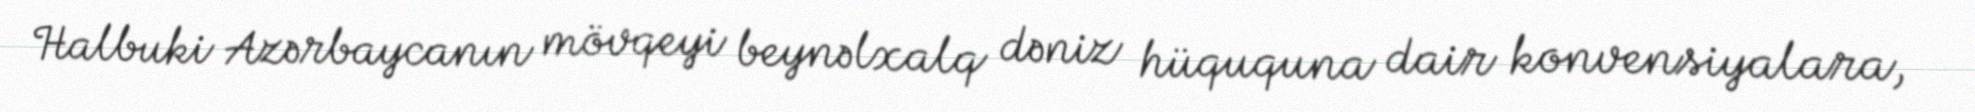
Halbuki Azərbaycanın mövqeyi beynəlxalq dəniz hüququna dair konvensiyalara,